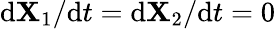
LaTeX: \mathrm{d}\mathbf{{X}}_{1}/\mathrm{d}t=\mathrm{d}\mathbf{{X}}_{2}/\mathrm{d}t=0